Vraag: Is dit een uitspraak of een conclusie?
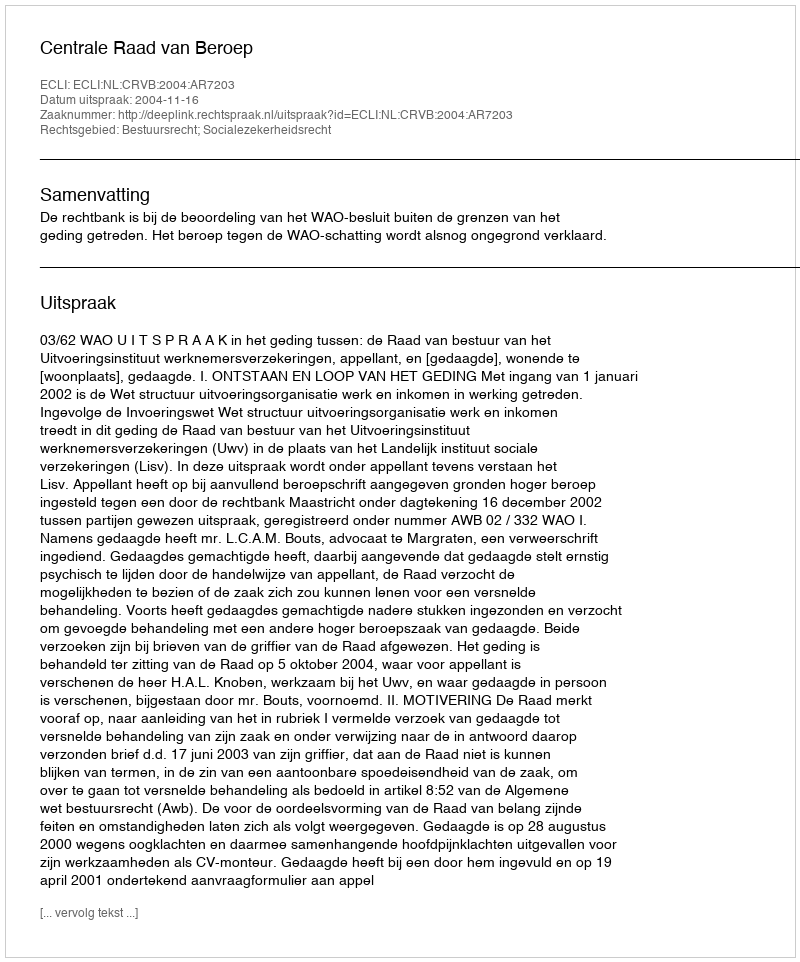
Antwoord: Uitspraak